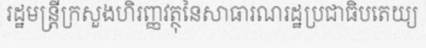
រដ្ឋមន្ត្រីក្រសួងហិរញ្ញវត្ថុនៃសាធារណរដ្ឋប្រជាធិបតេយ្យ